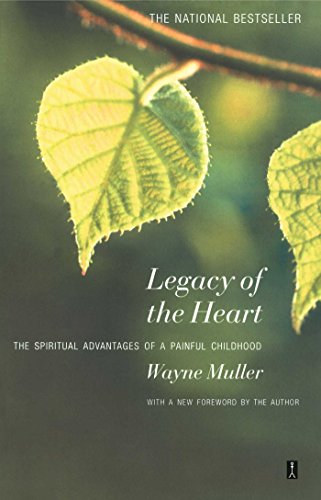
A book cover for Legacy of the Heart: The Spiritual Advantages of a  Painful Childhood; Wayne Muller; Parenting & Relationships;